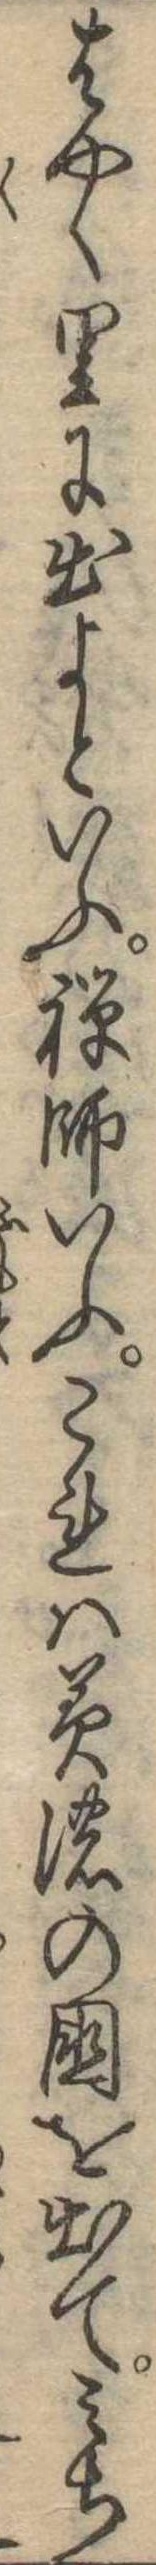
はやく里に出よといふ禅師いふこれは美濃の国を出てみち